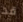
قد